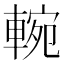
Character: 䡝